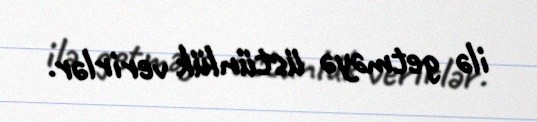
ilə getməyə üstünlük verirlər.